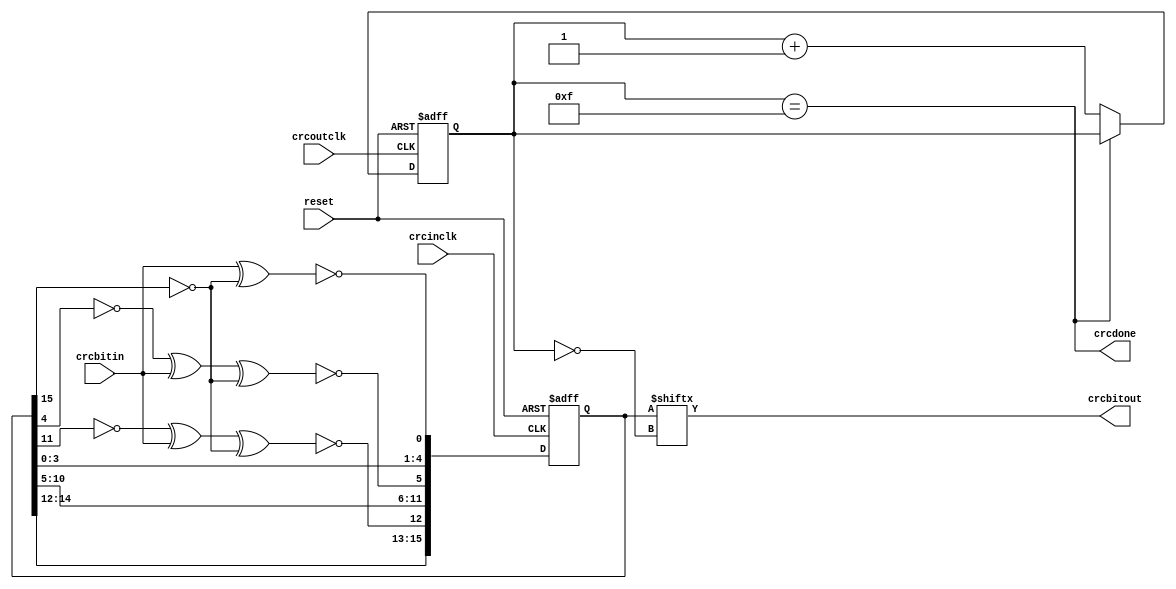
`timescale 1ns/1ns

// CRC16
// Copyright 2010 University of Washington
// License: http://creativecommons.org/licenses/by/3.0/
// 2008 Dan Yeager

// 2 direction module.
// inclk, inbit generate crc
// outclk, outbit read out crc.

module crc16(reset, crcinclk, crcbitin, crcoutclk, crcbitout, crcdone);
input reset, crcinclk, crcbitin, crcoutclk;
output crcbitout, crcdone;
  
reg [15:0] crc;

/*  
// working code
reg [3:0] bitoutcounter;
wire crcdone;
assign crcbitout = ~crc[~bitoutcounter];
//assign crcbitout = 0;
assign crcdone = (bitoutcounter == 15);

always @ (posedge crcoutclk or posedge reset) begin
  if (reset) begin
    bitoutcounter <= 0;
  end else if (!crcdone) begin
    bitoutcounter <= bitoutcounter + 4'd1;
  end // ~reset
end // always


always @ (posedge crcinclk or posedge reset) begin
  if (reset) begin
    crc     <= 'hFFFF;
  end else begin
    crc[0]  <= crcbitin ^ crc[15];
    crc[1]  <= crc[0];
    crc[2]  <= crc[1];
    crc[3]  <= crc[2];
    crc[4]  <= crc[3];
    crc[5]  <= crc[4] ^ crcbitin ^ crc[15];
    crc[6]  <= crc[5];
    crc[7]  <= crc[6];
    crc[8]  <= crc[7];
    crc[9]  <= crc[8];
    crc[10] <= crc[9];
    crc[11] <= crc[10];
    crc[12] <= crc[11] ^ crcbitin ^ crc[15];
    crc[13] <= crc[12];
    crc[14] <= crc[13];
    crc[15] <= crc[14];
  end // ~reset
end // always
*/



reg [3:0] bitoutcounter;
wire crcdone;
assign crcbitout = crc[~bitoutcounter];
//assign crcbitout = 0;
assign crcdone = (bitoutcounter == 15);

always @ (posedge crcoutclk or posedge reset) begin
  if (reset) begin
    bitoutcounter <= 0;
  end else if (!crcdone) begin
    bitoutcounter <= bitoutcounter + 4'd1;
  end // ~reset
end // always


always @ (posedge crcinclk or posedge reset) begin
  if (reset) begin
    crc     <= 'h0000;
  end else begin
    crc[0]  <= ~(crcbitin ^ ~crc[15]);
    crc[1]  <= crc[0];
    crc[2]  <= crc[1];
    crc[3]  <= crc[2];
    crc[4]  <= crc[3];
    crc[5]  <= ~(~crc[4] ^ crcbitin ^ ~crc[15]);
    crc[6]  <= crc[5];
    crc[7]  <= crc[6];
    crc[8]  <= crc[7];
    crc[9]  <= crc[8];
    crc[10] <= crc[9];
    crc[11] <= crc[10];
    crc[12] <= ~(~crc[11] ^ crcbitin ^ ~crc[15]);
    crc[13] <= crc[12];
    crc[14] <= crc[13];
    crc[15] <= crc[14];
  end // ~reset
end // always

endmodule